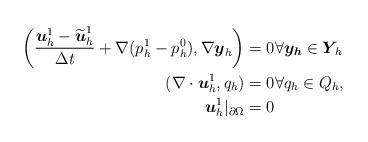
LaTeX: \begin{align*} \begin{aligned} \left(\frac{\boldsymbol{u}_h^1-\widetilde{\boldsymbol{u}}_h^1}{\Delta t}+\nabla (p_h^1-p_h^0), \nabla \boldsymbol{y}_h\right)&=0 \forall \boldsymbol{y_h}\in \boldsymbol{Y}\!_h\\(\nabla \cdot \boldsymbol{u}_h^1, q_h)&=0 \forall q_h\in Q_h,\\\boldsymbol{u}_h^1|_{\partial \Omega}&=0 \end{aligned}\end{align*}